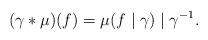
LaTeX: \begin{align*}(\gamma\ast\mu)(f)=\mu(f\mid \gamma)\mid \gamma^{-1}.\end{align*}